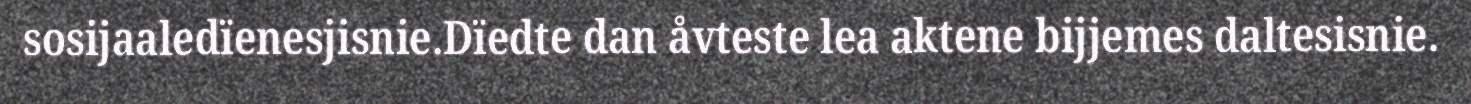
sosijaaledïenesjisnie.Dïedte dan åvteste lea aktene bijjemes daltesisnie.